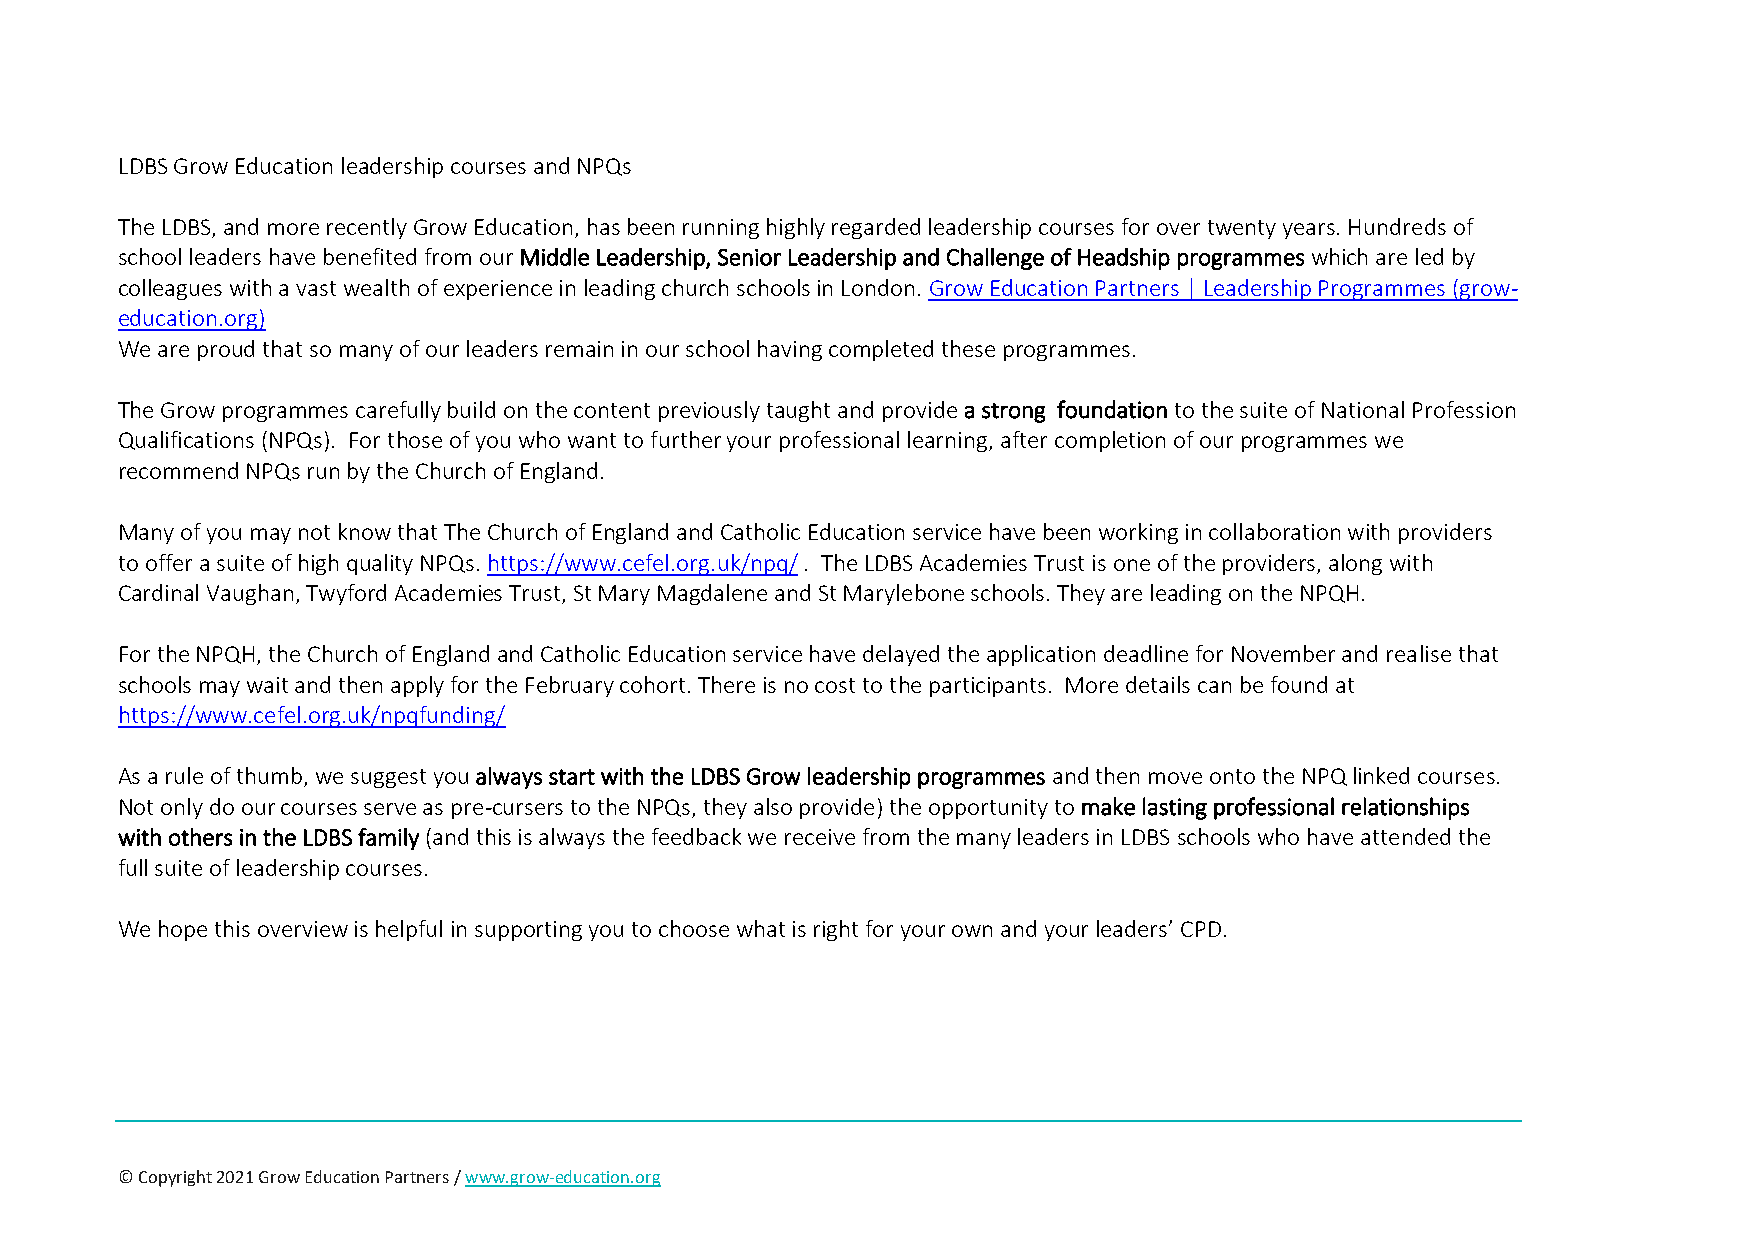
LDBS Grow Education leadership courses and NPQs
 The LDBS, and more recently Grow Education, has been running highly regarded leadership courses for over twenty years. Hundreds of
 school leaders have benefited from our Middle Leadership, Senior Leadership and Challenge of Headship programmes which are led by
 colleagues with a vast wealth of experience in leading church schools in London. Grow Education Partners | Leadership Programmes (grow-
 education.org)
 We are proud that so many of our leaders remain in our school having completed these programmes.
 The Grow programmes carefully build on the content previously taught and provide a strong foundation to the suite of National Profession
 Qualifications (NPQs). For those of you who want to further your professional learning, after completion of our programmes we
 recommend NPQs run by the Church of England.
 Many of you may not know that The Church of England and Catholic Education service have been working in collaboration with providers
 to offer a suite of high quality NPQs. https://www.cefel.org.uk/npq/ . The LDBS Academies Trust is one of the providers, along with
 Cardinal Vaughan, Twyford Academies Trust, St Mary Magdalene and St Marylebone schools. They are leading on the NPQH.
 For the NPQH, the Church of England and Catholic Education service have delayed the application deadline for November and realise that
 schools may wait and then apply for the February cohort. There is no cost to the participants. More details can be found at
 https://www.cefel.org.uk/npqfunding/
 As a rule of thumb, we suggest you always start with the LDBS Grow leadership programmes and then move onto the NPQ linked courses.
 Not only do our courses serve as pre-cursers to the NPQs, they also provide) the opportunity to make lasting professional relationships
 with others in the LDBS family (and this is always the feedback we receive from the many leaders in LDBS schools who have attended the
 full suite of leadership courses.
 We hope this overview is helpful in supporting you to choose what is right for your own and your leaders’ CPD.
 © Copyright 2021 Grow Education Partners / www.grow-education.org